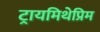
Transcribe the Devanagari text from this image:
ट्रायमिथेप्रिम